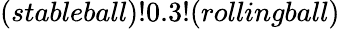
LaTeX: (stableball)!0.3!(rollingball)